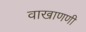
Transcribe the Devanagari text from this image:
वाखाणणी